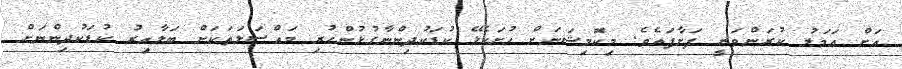
އަށް ޢަމަލު ކުރަންވަނީ ފަށާފައެވެ. މިކޮމިޝަނަށް ހުށަހެޅޭ ކުޑަކުދިންނާގުޅުންހުރި މައްސަލަތަކަށް ބަލާއިރު ކުޑަކުދިންނަށް